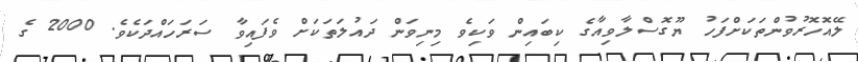
ލޭއޮހޮރުވުންތަކަށްފަހު ޔޫގޮސްލާވިއާގެ ކިބައިން ވަކިވެ މިނިވަން ދައުލަތަކަށް ވެފައިވާ ސަރަހައްދަކެވެ. 2000 ގެ